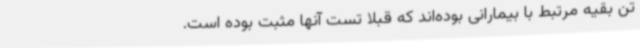
تن بقیه مرتبط با بیمارانی بوده‌اند که قبلا تست آنها مثبت بوده است.